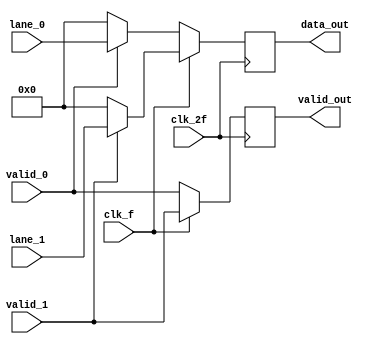
/* PHY Layer for PCIe Interface
 * Byte un-striping module
 *
 */
// Byte Un-Striping
module BYTE_UNSTRIPING(data_out, valid_out, lane_0, lane_1, valid_0, valid_1, clk_2f, clk_f);
	output reg [31:0] data_out;
	output reg valid_out;
	input [31:0] lane_0, lane_1;
	input valid_0, valid_1, clk_2f, clk_f;
	
	always @(posedge clk_2f)
			begin
				if(~clk_f)
					begin
						valid_out <= valid_0;
						data_out <= (valid_0 ? lane_0:'b0);
					end
				else
					begin
						valid_out <= valid_1;
						data_out <= (valid_1 ? lane_1:'b0);
					end
			end

endmodule